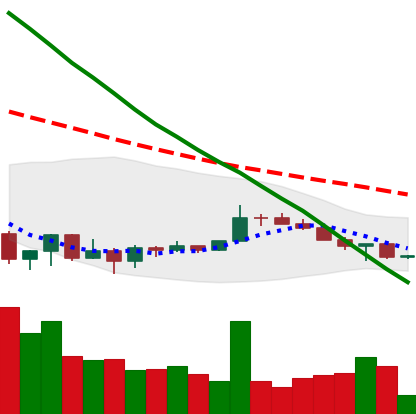
Ticker: XRP-USD
Chart end date: 2022-07-02
Forward return: 8.42%
Label: up_7plus